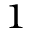
^ { 1 }